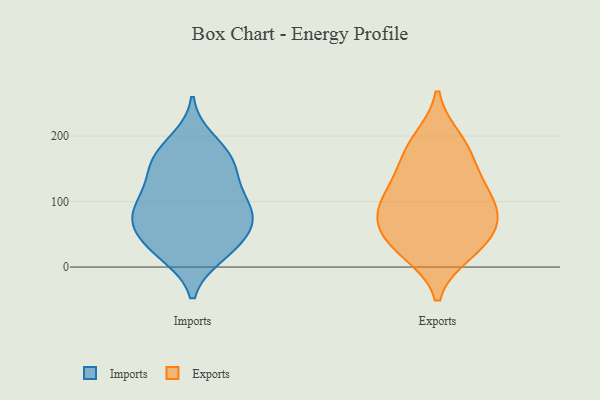
{"axis": {"x": "Website Visitors", "y": "Value"}, "legend": ["Exports", "Imports"], "data": [{"x": "", "y": 19, "type": "Imports"}, {"x": "", "y": 18, "type": "Imports"}, {"x": "", "y": 194, "type": "Imports"}, {"x": "", "y": 92, "type": "Imports"}, {"x": "", "y": 134, "type": "Imports"}, {"x": "", "y": 57, "type": "Imports"}, {"x": "", "y": 28, "type": "Imports"}, {"x": "", "y": 49, "type": "Imports"}, {"x": "", "y": 58, "type": "Imports"}, {"x": "", "y": 105, "type": "Imports"}, {"x": "", "y": 168, "type": "Imports"}, {"x": "", "y": 109, "type": "Imports"}, {"x": "", "y": 152, "type": "Imports"}, {"x": "", "y": 86, "type": "Imports"}, {"x": "", "y": 154, "type": "Imports"}, {"x": "", "y": 75, "type": "Imports"}, {"x": "", "y": 175, "type": "Imports"}, {"x": "", "y": 76, "type": "Imports"}, {"x": "", "y": 56, "type": "Exports"}, {"x": "", "y": 153, "type": "Exports"}, {"x": "", "y": 91, "type": "Exports"}, {"x": "", "y": 111, "type": "Exports"}, {"x": "", "y": 28, "type": "Exports"}, {"x": "", "y": 46, "type": "Exports"}, {"x": "", "y": 183, "type": "Exports"}, {"x": "", "y": 130, "type": "Exports"}, {"x": "", "y": 83, "type": "Exports"}, {"x": "", "y": 194, "type": "Exports"}, {"x": "", "y": 82, "type": "Exports"}, {"x": "", "y": 23, "type": "Exports"}]}